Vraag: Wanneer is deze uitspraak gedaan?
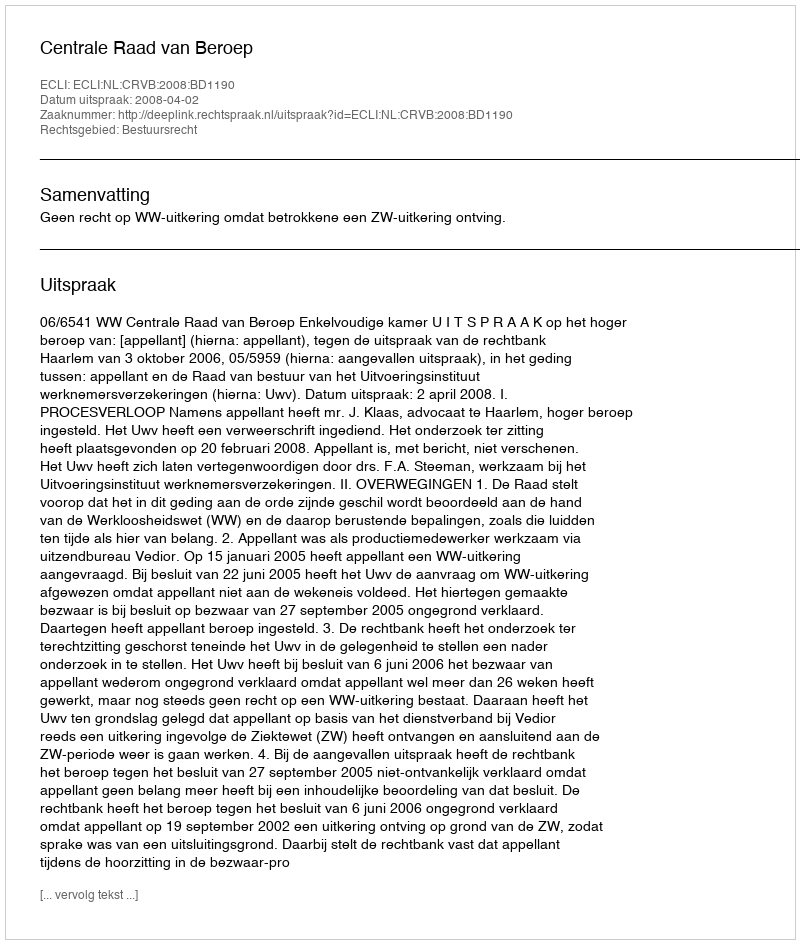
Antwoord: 2008-04-02